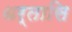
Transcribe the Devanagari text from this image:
धर्तासि